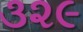
૩૨૯